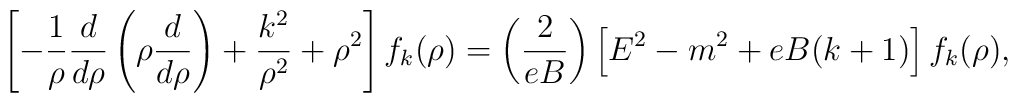
\left[-\frac{1}{\rho}\frac{d}{d\rho}\left(\rho\frac{d}{d\rho}\right)+\frac{k^{2}}{\rho^{2}}+\rho^{2}\right]f_{k}(\rho)=\left(\frac{2}{eB}\right)\left[E^{2}-m^{2}+eB(k+1)\right]f_{k}(\rho),